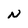
Character: N